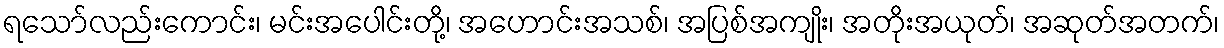
ရသော်လည်းကောင်း၊ မင်းအပေါင်းတို့၊ အဟောင်းအသစ်၊ အပြစ်အကျိုး၊ အတိုးအယုတ်၊ အဆုတ်အတက်၊